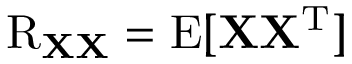
\operatorname { R } _ { \mathbf { X } \mathbf { X } } = \operatorname { E } [ \mathbf { X } \mathbf { X } ^ { \mathrm { { T } } } ]